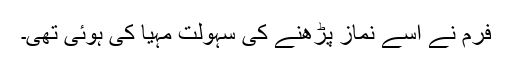
فرم نے اُسے نماز پڑھنے کی سہولت مہیا کی ہوئی تھی۔